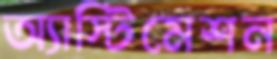
অ্যাস্টিমেশন